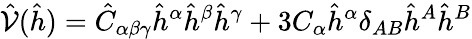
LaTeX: \hat{\mathcal{V}}(\hat{h})={\hat{C}}_{\alpha\beta\gamma}{\hat{h}}^{\alpha}{\hat{h}}^{\beta}{\hat{h}}^{\gamma}+3C_{\alpha}{\hat{h}}^{\alpha}\delta_{AB}{\hat{h}}^{A}{\hat{h}}^{B}